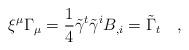
LaTeX: \begin{align*}\xi^\mu \Gamma_\mu=\frac 14 \tilde{\gamma}^t \tilde{\gamma}^i B_{,i}=\tilde{\Gamma}_t~~~,\end{align*}